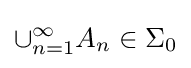
\cup _{n=1}^{\infty }A_{n}\in \Sigma _{0}